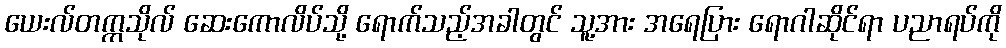
ယေးလ်တက္ကသိုလ် ဆေးကောလိပ်သို့ ရောက်သည့်အခါတွင် သူ့အား အရေပြား ရောဂါဆိုင်ရာ ပညာရပ်ကို